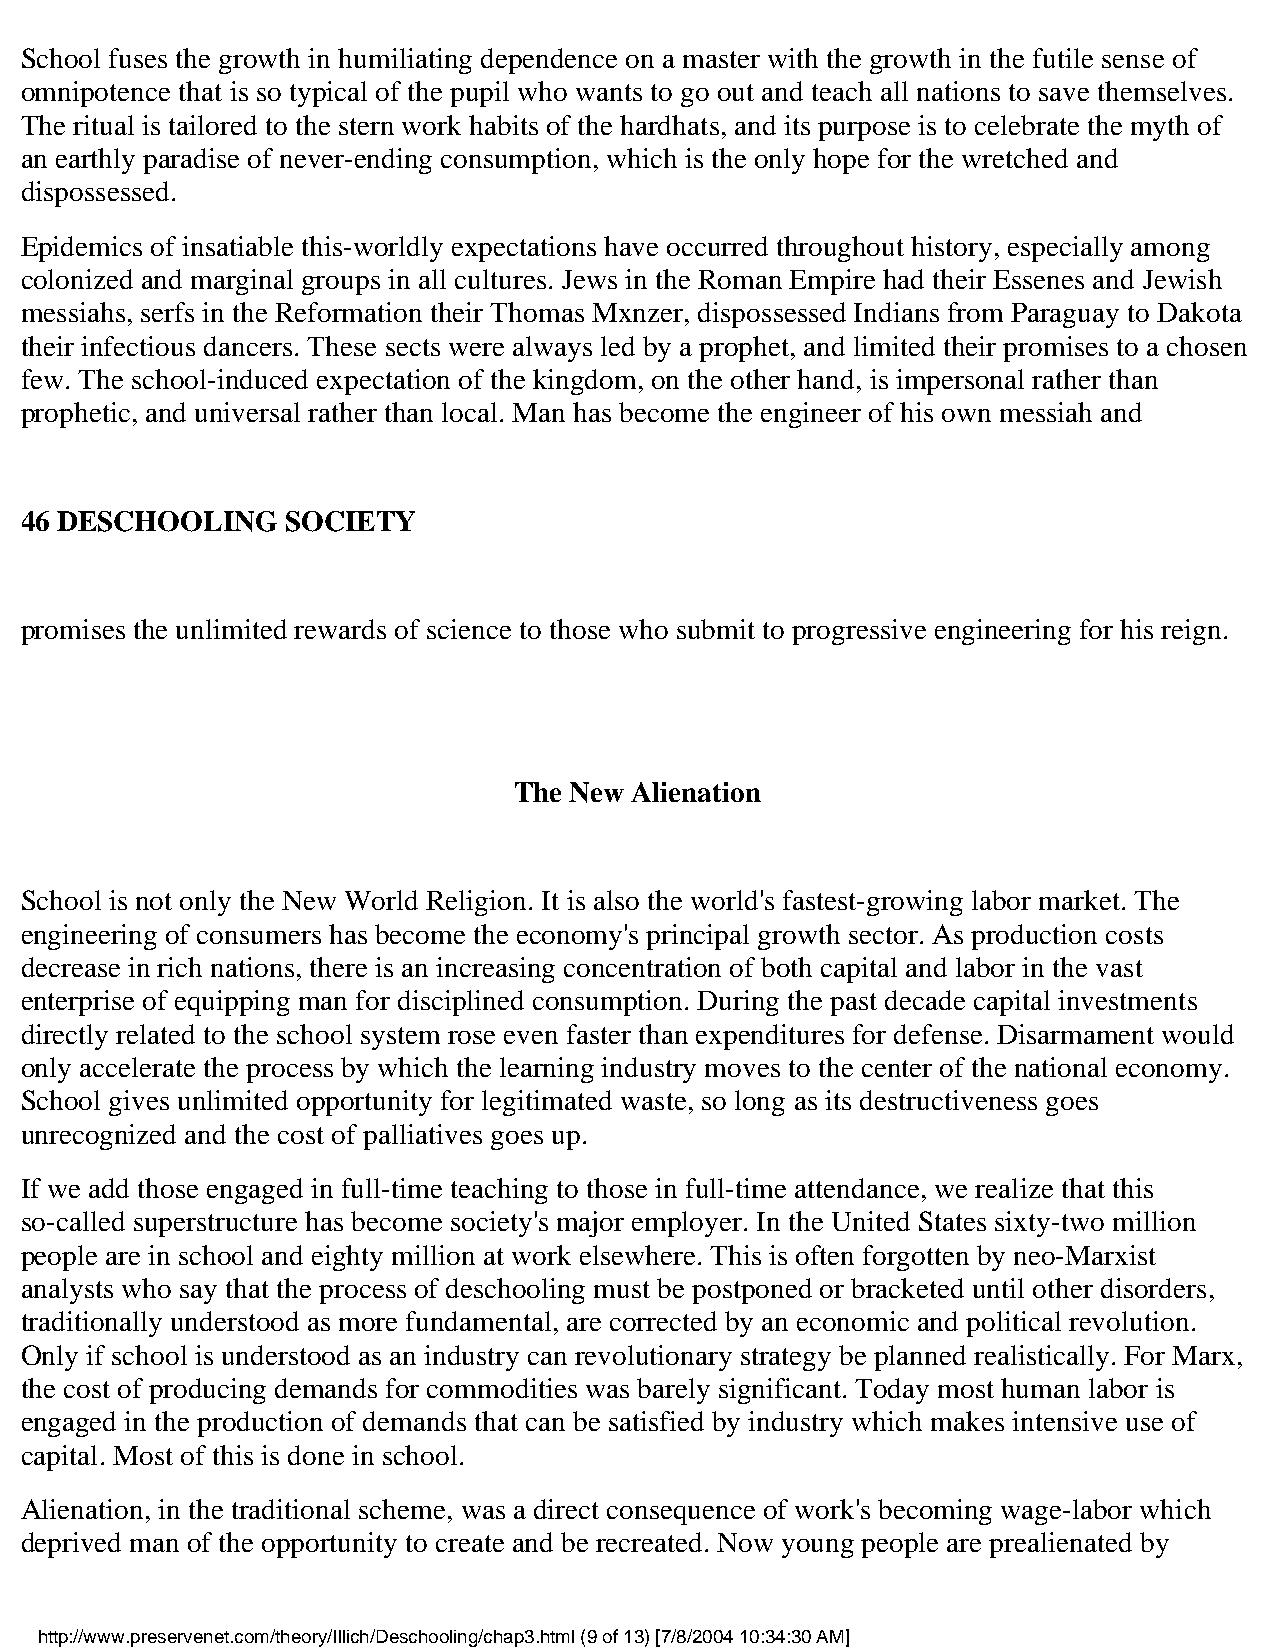
School fuses the growth in humiliating dependence on a master with the growth in the futile sense of
 omnipotence that is so typical of the pupil who wants to go out and teach all nations to save themselves.
 The ritual is tailored to the stern work habits of the hardhats, and its purpose is to celebrate the myth of
 an earthly paradise of never-ending consumption, which is the only hope for the wretched and
 dispossessed.
 Epidemics of insatiable this-worldly expectations have occurred throughout history, especially among
 colonized and marginal groups in all cultures. Jews in the Roman Empire had their Essenes and Jewish
 messiahs, serfs in the Reformation their Thomas Mxnzer, dispossessed Indians from Paraguay to Dakota
 their infectious dancers. These sects were always led by a prophet, and limited their promises to a chosen
 few. The school-induced expectation of the kingdom, on the other hand, is impersonal rather than
 prophetic, and universal rather than local. Man has become the engineer of his own messiah and
 46 DESCHOOLING    SOCIETY
 promises the unlimited rewards of science to those who submit to progressive engineering for his reign.
 The New Alienation
 School is not only the New World Religion. It is also the world's fastest-growing labor market. The
 engineering of consumers has become the economy's principal growth sector. As production costs
 decrease in rich nations, there is an increasing concentration of both capital and labor in the vast
 enterprise of equipping man for disciplined consumption. During the past decade capital investments
 directly related to the school system rose even faster than expenditures for defense. Disarmament would
 only accelerate the process by which the learning industry moves to the center of the national economy.
 School gives unlimited opportunity for legitimated waste, so long as its destructiveness goes
 unrecognized and the cost of palliatives goes up.
 If we add those engaged in full-time teaching to those in full-time attendance, we realize that this
 so-called superstructure has become society's major employer. In the United States sixty-two million
 people are in school and eighty million at work elsewhere. This is often forgotten by neo-Marxist
 analysts who say that the process of deschooling must be postponed or bracketed until other disorders,
 traditionally understood as more fundamental, are corrected by an economic and political revolution.
 Only if school is understood as an industry can revolutionary strategy be planned realistically. For Marx,
 the cost of producing demands for commodities was barely significant. Today most human labor is
 engaged in the production of demands that can be satisfied by industry which makes intensive use of
 capital. Most of this is done in school.
 Alienation, in the traditional scheme, was a direct consequence of work's becoming wage-labor which
 deprived man of the opportunity to create and be recreated. Now young people are prealienated by
 http://www.preservenet.com/theory/Illich/Deschooling/chap3.html (9 of 13) [7/8/2004 10:34:30 AM]